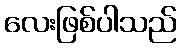
လေးဖြစ်ပါသည်